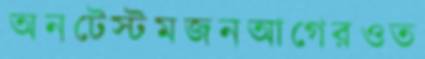
অনটেস্টমজনআগেরওত